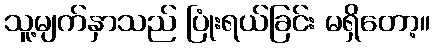
သူ့မျက်နှာသည် ပြုံးရယ်ခြင်း မရှိတော့။